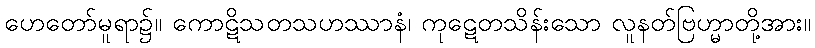
ဟေတော်မူရာ၌။ ကောဋိသတသဟဿာနံ၊ ကုဋေတသိန်းသော လူနတ်ဗြဟ္မာတို့အား။